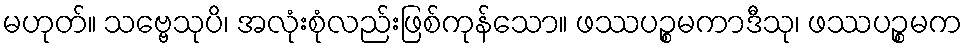
မဟုတ်။ သဗ္ဗေသုပိ၊ အလုံးစုံလည်းဖြစ်ကုန်သော။ ဖဿပဉ္စမကာဒီသု၊ ဖဿပဉ္စမက